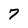
Character: 7